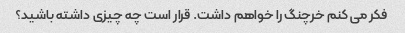
فکر می کنم خرچنگ را خواهم داشت. قرار است چه چیزی داشته باشید؟